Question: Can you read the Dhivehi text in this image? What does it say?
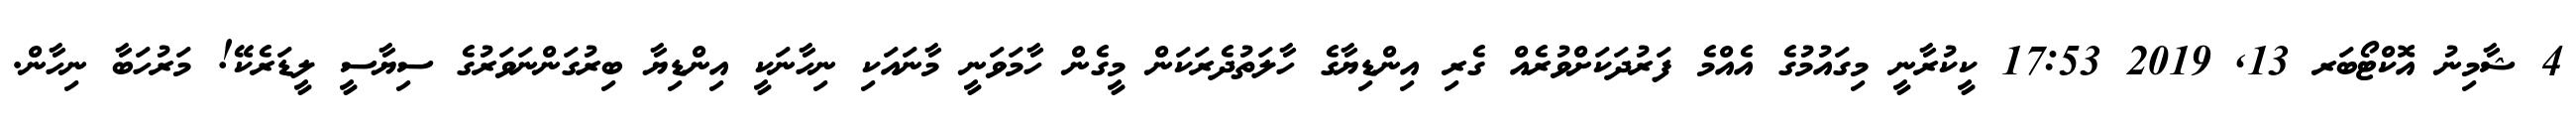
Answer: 4 ޝާމިނު އޮކްޓޯބަރ 13, 2019 17:53 ކީކުރާނީ މިގައުމުގެ އެއްމެ ފަރުދަކަށްވުރެއް ގެރި އިންޑިޔާގެ ހާލަތުދެރަކަން މީގެން ހާމަވަނީ މާނައަކި ނިހާނަކީ އިންޑިޔާ ބިރުގަންނަވަރުގެ ސިޔާސީ ލީޑަރެކޭ! މަރުހަބާ ނިހާން.